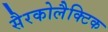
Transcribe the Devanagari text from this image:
सैरकोलैक्टिक